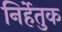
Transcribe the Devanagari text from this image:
निर्हेतुक